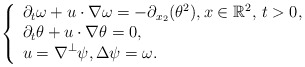
\begin{align*} \left\{\begin{array}{l}\displaystyle \partial_t \omega + u\cdot\nabla \omega = -\partial_{x_2} (\theta^2),x \in \mathbb{R}^2, \, t>0,\\\displaystyle \partial_t \theta + u\cdot\nabla \theta =0,\\\displaystyle u =\nabla^\perp \psi, \Delta\psi = \omega.\end{array}\right.\end{align*}